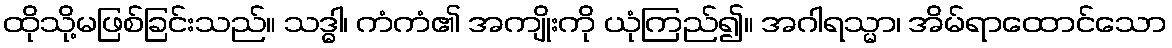
ထိုသို့မဖြစ်ခြင်းသည်။ သဒ္ဓါ၊ ကံကံ၏ အကျိုးကို ယုံကြည်၍။ အဂါရသ္မာ၊ အိမ်ရာထောင်သော